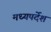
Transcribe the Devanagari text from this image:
मध्यपर्देश